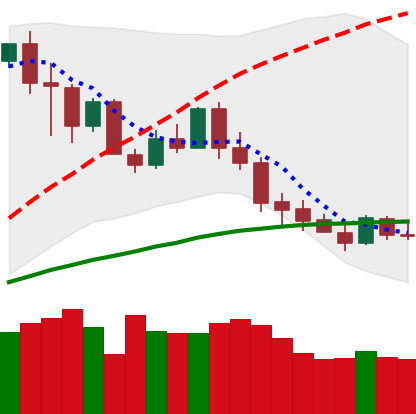
Ticker: XMR-USD
Chart end date: 2020-03-04
Forward return: -16.077%
Label: down_7plus